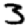
Digit: 3